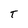
Character: T